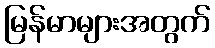
မြန်မာများအတွက်